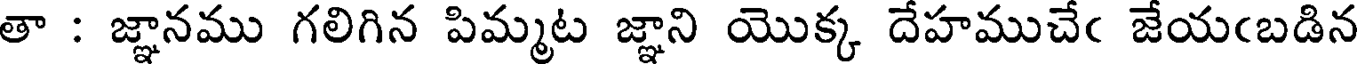
తా : జ్ఞానము గలిగిన పిమ్మట జ్ఞాని యొక్క దేహముచేఁ జేయఁబడిన